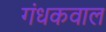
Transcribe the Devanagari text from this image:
गंधकवाल